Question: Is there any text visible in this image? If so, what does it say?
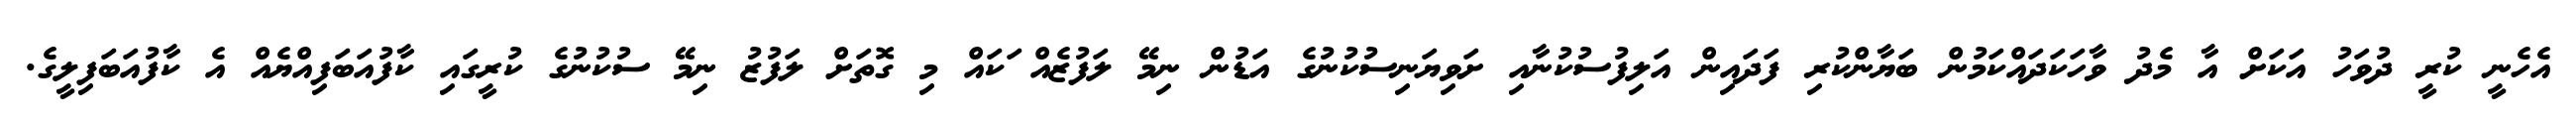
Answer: އެހެނީ ކުރީ ދުވަހު އަކަށް އާ މެދު ވާހަކަދައްކަމުން ބަޔާންކުރި ފަދައިން އަލިފުސުކުނާއި ށަވިޔަނިސުކުނުގެ އަޑުން ނިމޭ ލަފުޒެއް ަކައް މި ގޮތަށް ލަފުޒު ނިމޭ ސުކުނުގެ ކުރީގައި ކާފުއަބަފިއްޔެއް އެ ކާފުއަބަފިލީގެ.